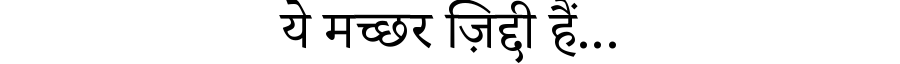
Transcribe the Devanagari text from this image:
ये मच्छर ज़िद्दी हैं...